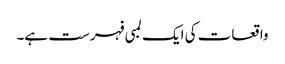
واقعات کی ایک لمبی فہرست ہے۔